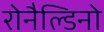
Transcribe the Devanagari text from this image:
रोनैल्डिनो